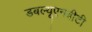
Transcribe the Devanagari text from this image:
डबल्यूएनबीटी